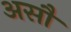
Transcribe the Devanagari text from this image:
असौ